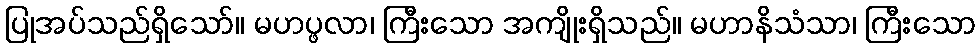
ပြုအပ်သည်ရှိသော်။ မဟပ္ဖလာ၊ ကြီးသော အကျိုးရှိသည်။ မဟာနိသံသာ၊ ကြီးသော